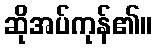
ဆိုအပ်ကုန်၏။